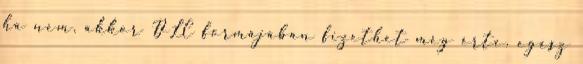
ha nem, akkor DLC formájában fizethet még érte. egész